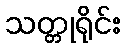
သတ္တုရိုင်း